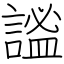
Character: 謐